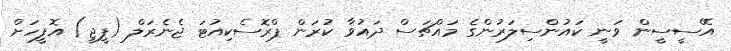
އޭސީސީން ވަނީ ކައުންސިލަރުންގެ މައްޗަސް ދައުވާ ކުރަން ޕްރޮސެކިއުޓަ ޖެނެރަލް (ޕީޖީ) އޮފީހަށް